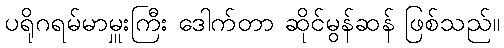
ပရိုဂရမ်မာမှူးကြီး ဒေါက်တာ ဆိုင်မွန်ဆန် ဖြစ်သည်။